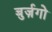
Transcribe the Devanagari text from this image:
बुर्ज़गो